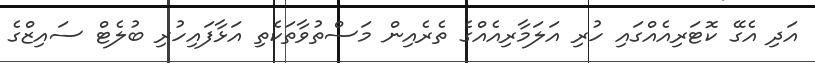
އަދި އެގޭ ކޮޓަރިއެއްގައި ހުރި އަލަމާރިއެއްގެ ތެރެއިން މަސްތުވާތަކެތި އަޅާފައިހުރި ބުލެޓް ސައިޒްގެ